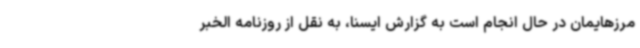
مرزهایمان در حال انجام است به گزارش ایسنا، به نقل از روزنامه الخبر